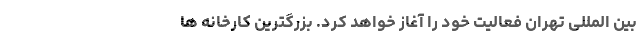
بین المللی تهران فعالیت خود را آغاز خواهد کرد. بزرگترین کارخانه ‌ها